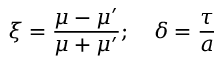
\xi = \frac { \mu - \mu ^ { \prime } } { \mu + \mu ^ { \prime } } ; \quad \delta = \frac { \tau } { a }